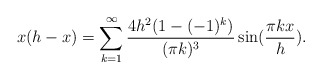
\begin{align*}x(h-x)=\sum_{k=1}^{\infty}\frac{4h^2(1-(-1)^k)}{(\pi k)^3}\sin(\frac{\pi k x}{h}).\end{align*}